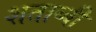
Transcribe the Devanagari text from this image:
शताब्बी